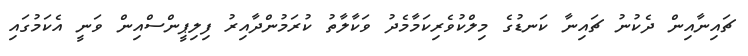
ޗައިނާއިން ދެކުނު ޗައިނާ ކަނޑުގެ މިލްކުވެރިކަމާމެދު ވަކާލާތު ކުރަމުންދާއިރު ފިލިޕީންސްއިން ވަނީ އެކަމުގައި